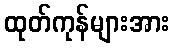
ထုတ်ကုန်များအား